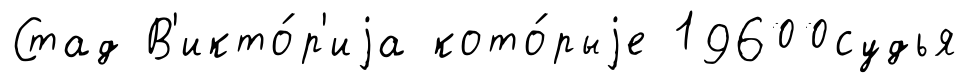
Стад В'икто́р'иjа кото́рыjе 19600судья